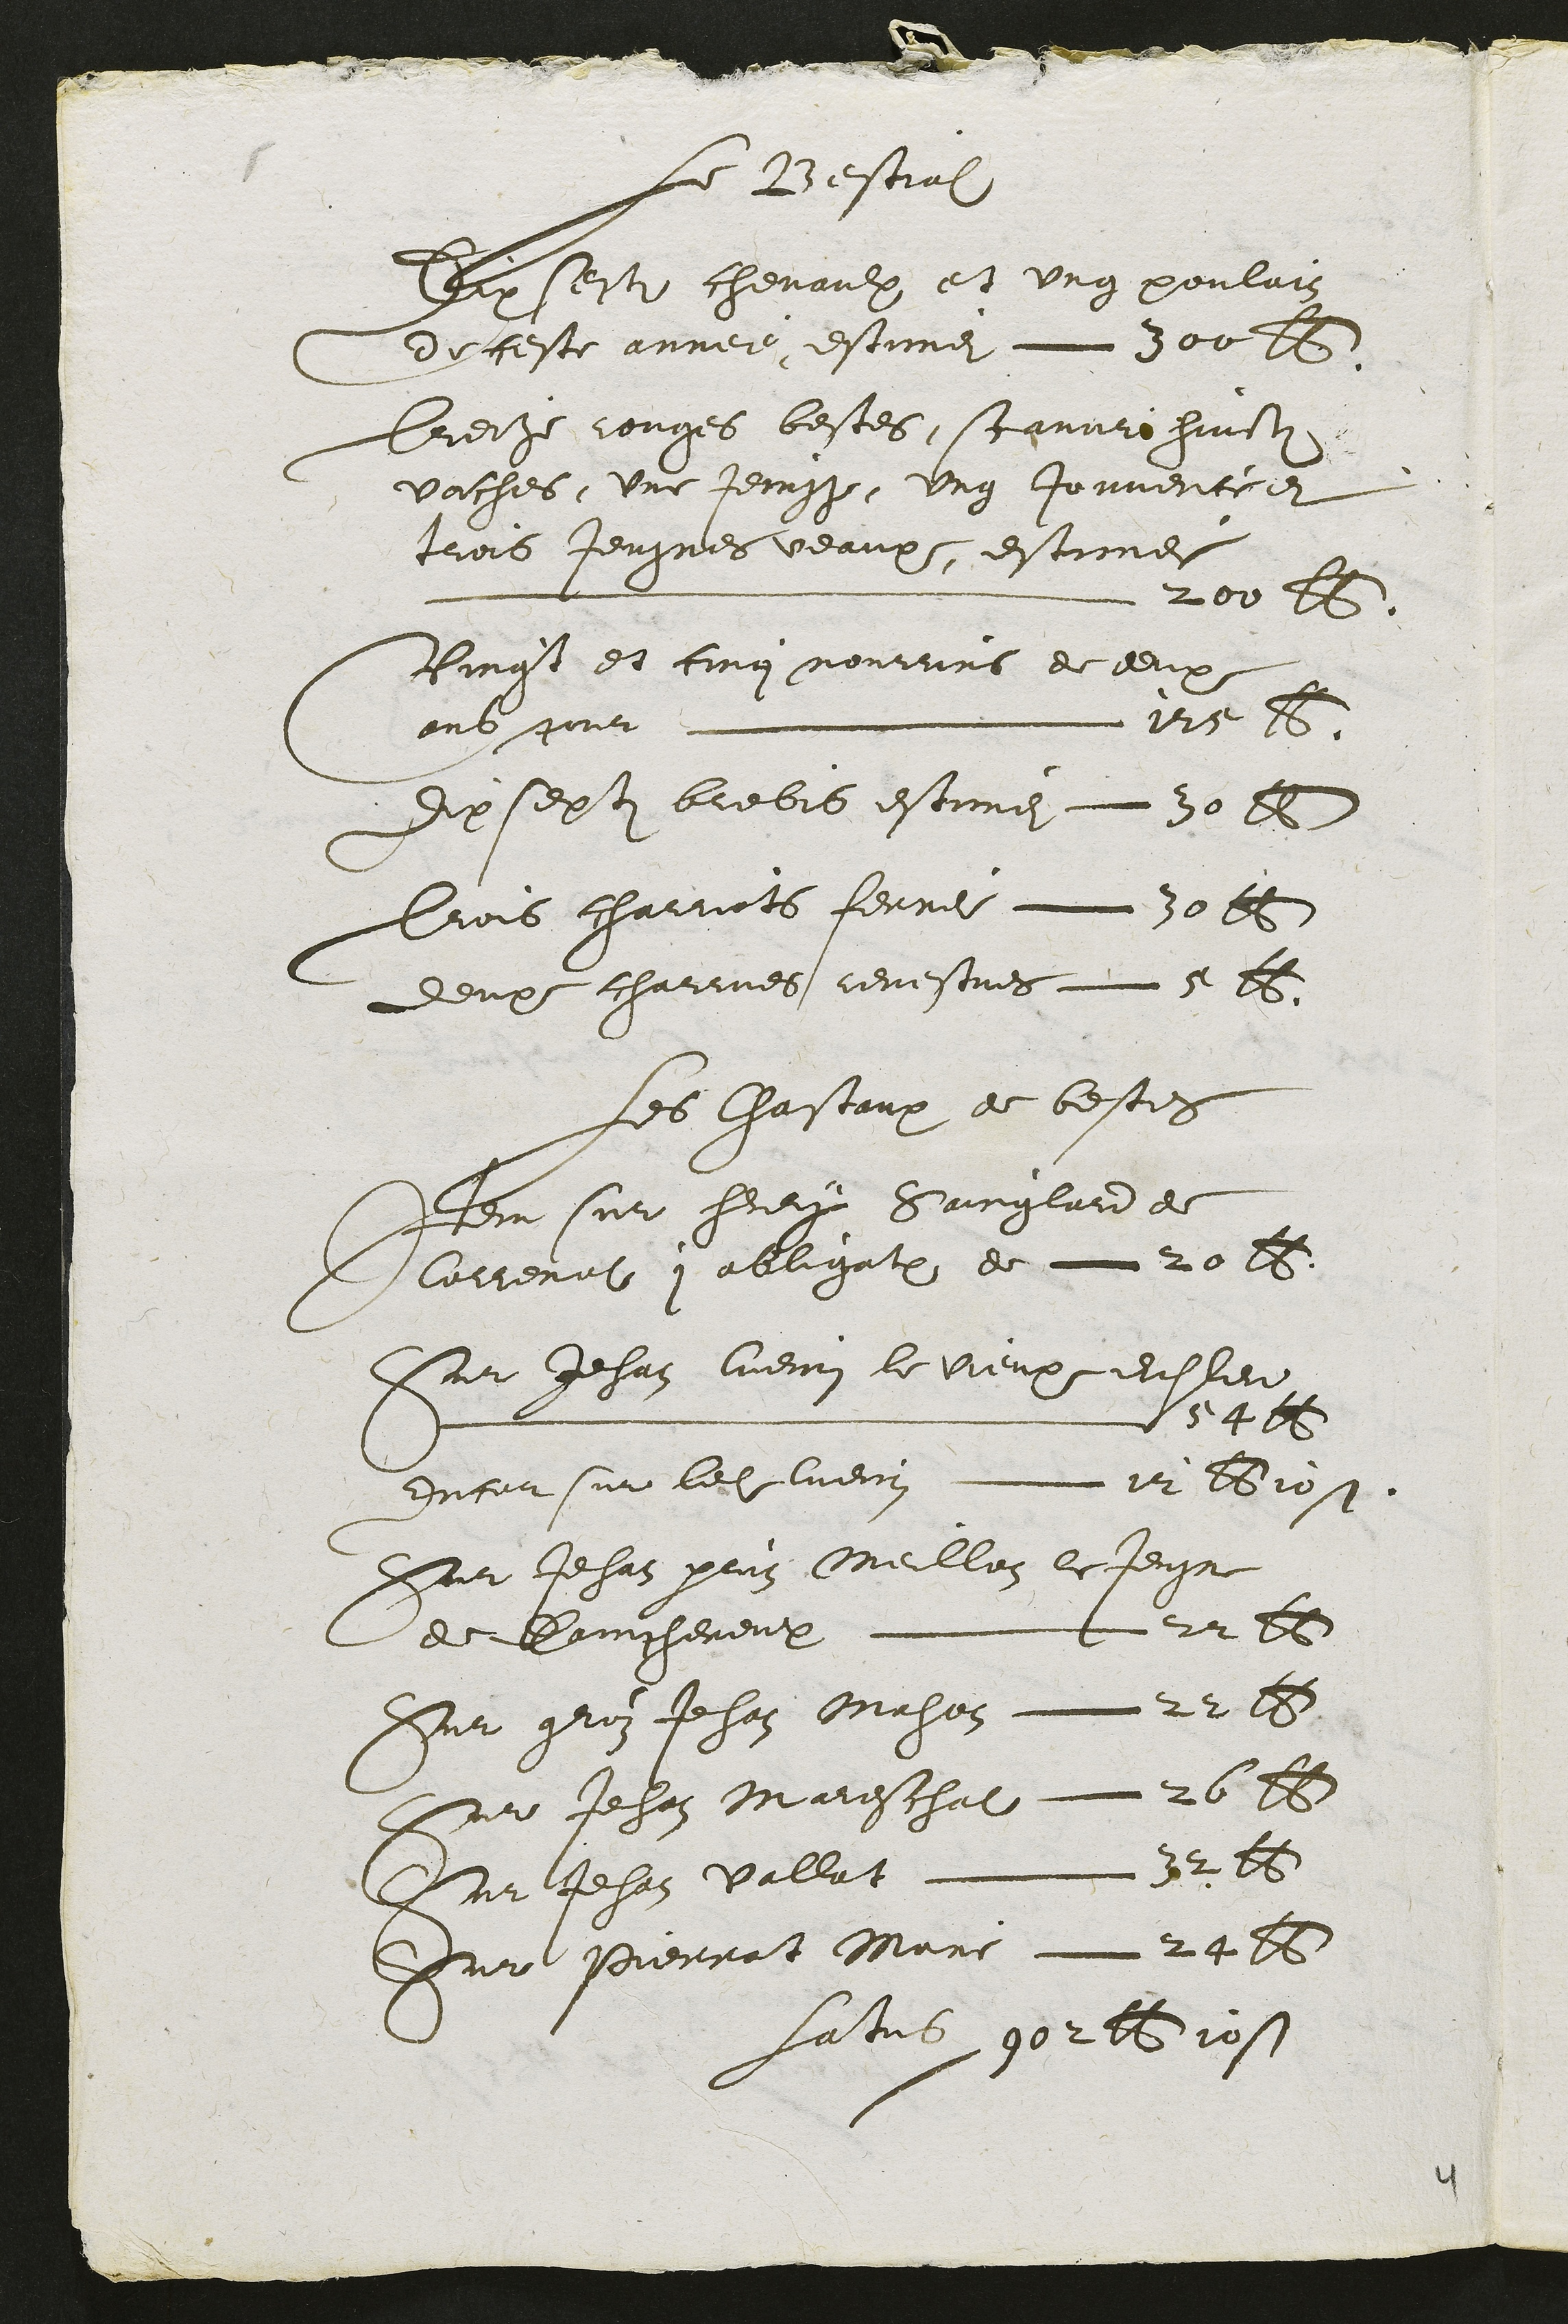
Le Bestial
Hrfeste chevaulx et ung poulain
deceste annee estimer  Souq
Tieste conges bestes scamme huill
vaches, une tevust Ung Joumenteet
tois tentres veoupt estionee
L l 2es l
Pinest et cong nommrs ee deux
ans git  N9 2
dix sepdits Liebis estimez d0 2
Trois charvets ferre  20 ll
deux chamnes levesmes 5 2
Les Chascaup de besten
Dou sur heurr Saimglande
I laveant ; allegath de  20 25
Sur Jehan huenin le vieupx duller
P te
dacansur leholuey et Bbtost
Dit Jehat peuz Gueillez le jengre
de Sairthereul  22e2
Dur guoz Jehan gahon vt 25
Le Jehan Maieschat 26 2
Dui Jehan vallat is Sl2
Dur Pierrat Nure 24 26
fatie gorbtos

1